Report on vaccination in Madras 1877-1894 - 1877-1894
Year: 1877
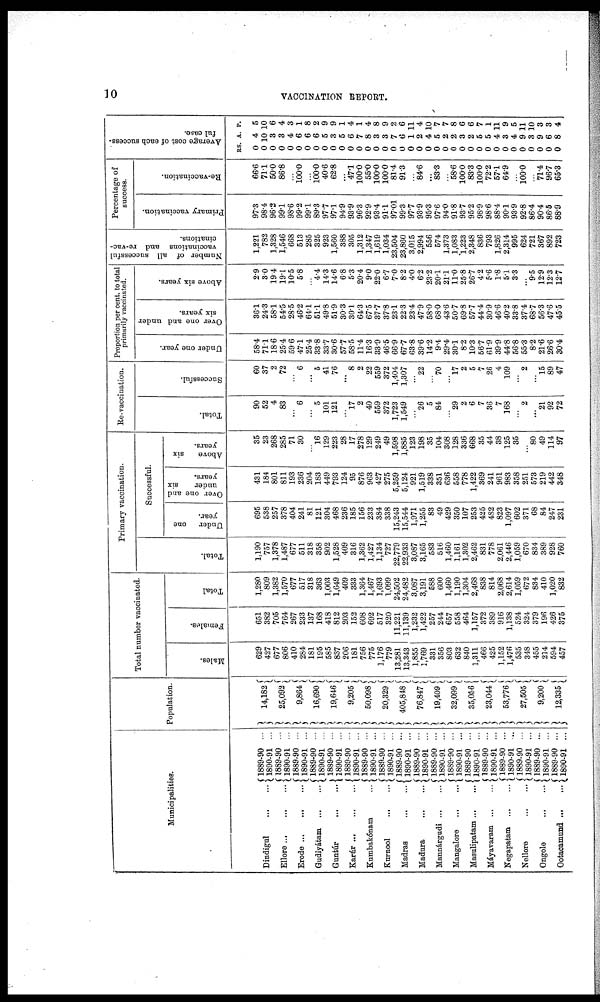
10
VACCINATION REPORT.
Municipalities.
Dindigul ... ...
Ellore ... ... ...
Erode ... ... ...
Gudiyátam ... ...
Guntúr
... ...
Karúr ... ... ...
Kumbakónam ...
Kurnool
... ...
Madras ... ...
Madura ... ...
Mannárgudi ... ...
Mangalore ... ...
Masulipatam ... ...
Máyavaram ... ...
Negapatam ... ...
Nellore ... ...
Ongole ... ...
Ootacamund ... ...
1889-90 ...
1890-91 ...
1889-90 ...
1890-91 ...
1889-90 ...
1890-91 ...
1889-90 ...
1890-91 ...
1889-90 ...
1890-91 ...
1889-90 ...
1890-91 ...
1889-90 ...
1890-91 ...
1889-90 ...
1890-91 ...
1889-90 ...
1890-91 ...
1889-90 ...
1890-91 ...
1889-90 ...
1890-91 ...
1889-90 ...
1890-91 ...
1889-90 ...
1890-91 ...
1889-90 ...
1890-91 ...
1889-90 ...
1890-91 ...
1889-90 ...
1890-91 ...
1889-90 ...
1890-91 ...
1889-90 ...
1890-91 ...
Population.
14,182
25,092
9,864
16,690
19,646
9,205
50,098
20,329
405,848
76,847
19,409
32,099
35,056
23,044
53,776
27,505
9,200
12,335
Total number vaccinated.
Males.
629
427
677
806
410
284
181
195
585
837
206
181
756
775
1,176
779
13,281
13,343
1,855
1,769
331
356
803
632
840
1,311
466
425
1,152
1,476
535
348
455
214
594
457
Females.
651
382
705
764
267
233
137
168
418
812
203
153
608
692
517
320
11,221
11,139
1,232
1,422
257
244
657
558
464
1,157
372
389
916
1,138
524
324
379
196
426
375
Total
1,280
809
1,382
1,570
677
517
318
363
1,003
1,649
409
333
1,364
1,467
1,693
1,099
24,502
24,482
3,087
3,191
588
600
1,460
1,190
1,304
2,468
838
814
2,068
2,614
1,059
672
834
410
1,020
832
Primary vaccination.
Total.
1,190
757
1,378
1,487
677
511
318
358
902
1,528
409
316
1,362
1,427
1,134
727
22,779
22,933
3,087
3,165
583
516
1,460
1,161
1,302
2,462
831
778
2,061
2,446
1,059
670
834
389
928
760
Successful.
Under one
year.
695
538
257
378
404
241
81
121
304
468
236
185
156
233
384
338
15,243
15,544
1,971
1,255
83
49
429
350
107
253
425
482
823
1,097
602
371
68
84
247
231
Over one and
under
six
years.
431
184
801
811
193
236
204
183
449
793
124
95
876
963
427
275
5,259
5,124
921
1,519
338
351
636
558
778
1,422
369
241
961
983
358
251
573
219
442
348
Above
six
years.
35
23
268
285
71
30
...
16
129
223
28
17
278
129
249
49
1,598
1,885
123
198
35
104
308
128
336
668
35
44
38
125
35
...
80
49
114
97
Re-vaccination.
Total.
90
52
4
83
...
6
...
5
101
121
...
17
2
40
559
372
1,723
1,549
...
26
5
84
...
29
2
6
7
36
7
168
...
2
...
21
92
72
Successful.
60
37
2
72
...
6
...
5
41
76
...
8
2
22
559
372
1,404
1,307
...
22
...
70
...
17
2
5
7
26
4
109
...
2
...
15
89
47
Proportion per cent. to total
primarily vaccinated.
Under one year.
58.4
71.1
18.6
25.4
59.6
47.1
25.4
33.8
33.7
30.6
57.7
58.5
11.4
16.3
33.9
46.5
66.9
67.7
63.8
39.6
14.2
9.4
29.4
30.1
8.2
10.3
56.7
61.9
39.9
44.8
56.8
55.3
8.2
21.6
26.6
30.4
Over one and under
six years.
36.1
24.3
58.1
54.5
28.5
46.2
64.1
51.1
49.8
51.9
30.3
30.1
64.3
67.5
37.7
37.8
23.1
22.3
23.4
47.9
58.0
68.0
43.6
50.7
69.8
57.7
44.4
30.9
46.6
40.2
33.8
37.4
68.7
56.3
47.6
45.5
Above six years.
2.9
3.0
19.4
19.1
10.5
5.8
...
4.4
14.3
140.6
6.8
5.3
20.4
9.0
22.0
6.7
7.0
8.2
4.0
6.2
23.2
20.1
21.1
11.0
25.8
26.7
4.2
5.6
1.8
5.1
3.3
...
9.5
12.9
12.3
12.7
Number of all successful
vaccinations and re-vac-
cinations.
1,221
782
1,328
1,546
668
513
285
325
923
1,560
388
305
1,312
1,347
1,619
1,034
23,504
23,860
3,015
2,994
556
574
1,373
1,083
1,223
2,348
836
793
1,826
2,314
995
624
721
367
892
723
Percentage of
success.
Primary vaccination.
97.3
98.4
96.2
99.1
98.6
99.2
99.1
89.3
97.7
97.1
94.9
93.9
96.3
92.9
93.4
91.1
97.01
99.3
97.7
93.9
95.3
97.6
94.0
91.8
93.7
95.2
98.9
98.6
88.4
90.1
93.9
92.8
86.4
90.4
86.5
88.9
Re-vaccination.
66.6
71.1
50.0
86.8
...
100.0
...
100.0
40.6
62.8
...
47.l
100.0
55.0
100.0
100.0
81.4
91.3
...
84.6
...
83.3
...
58.6
100.0
83.3
100.0
72.2
57.1
64.9
...
100.0
...
71.4
96.7
65.3
Average cost of each success-
ful case.
RS.
0
0
0
0
0
0
0
0
0
0
0
0
0
0
0
0
0
0 0
0
0
0
0
0
0
0
0
0
0
0
0
0
0
0
0
0
A.
4
10
3
3
4
6
6
6
5
3
5
6
7
8
3
3
7
6
1
2
4
5
2
2
3
2
5
5
4
3
4
9
3
9
6
8
P.
5
10
6
4
3
1
8
2
9
9
1
4
1
4
8
9
2
6
11
4
10
7
7
8
6
6
7
1
11
9
5
11
10
3
3
4